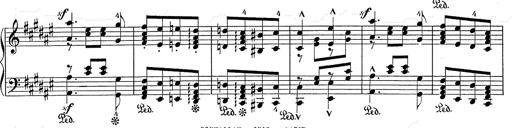
Title: Hungarian Rhapsody No.2
Composer: Franz Liszt
Key: C-sharp minor